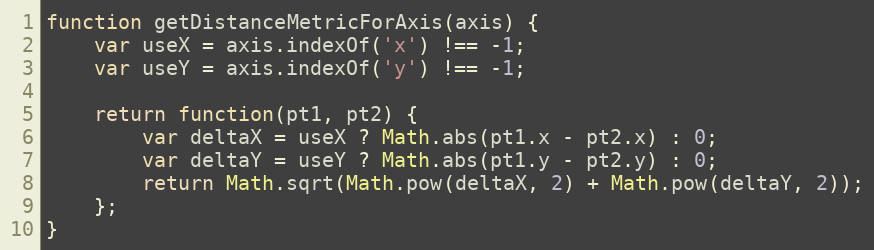
Language: JavaScript
function getDistanceMetricForAxis(axis) {
	var useX = axis.indexOf('x') !== -1;
	var useY = axis.indexOf('y') !== -1;

	return function(pt1, pt2) {
		var deltaX = useX ? Math.abs(pt1.x - pt2.x) : 0;
		var deltaY = useY ? Math.abs(pt1.y - pt2.y) : 0;
		return Math.sqrt(Math.pow(deltaX, 2) + Math.pow(deltaY, 2));
	};
}